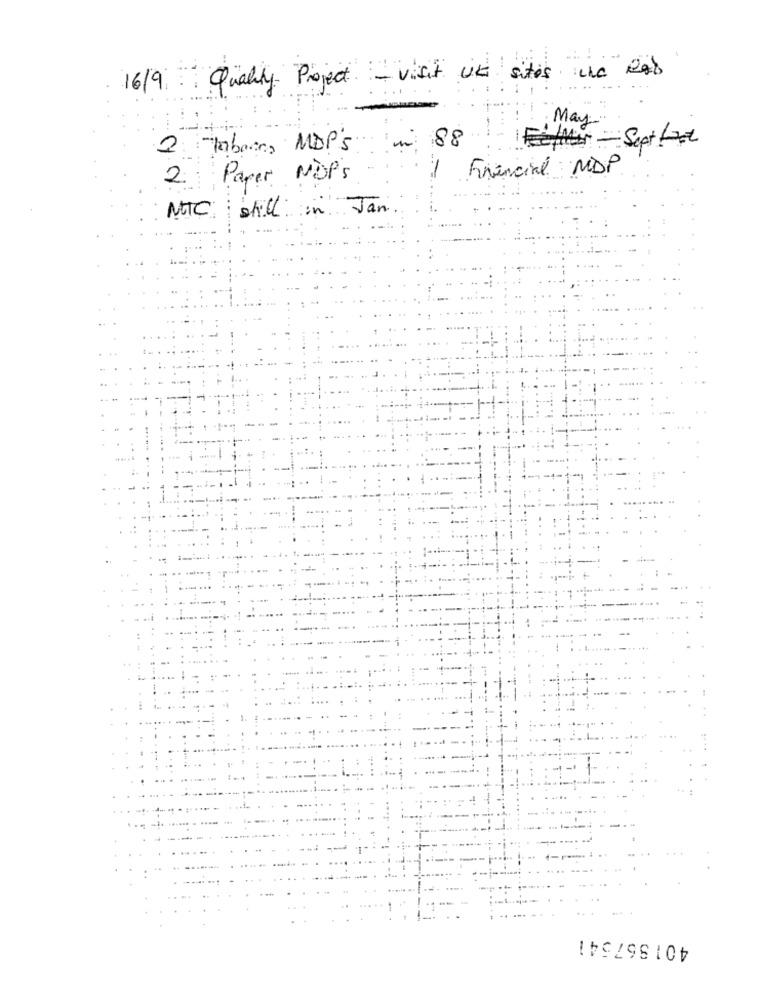
16/9 Qualy Project - visit it sites in Rab
May".
88
FeelMir - Sept fast
2. Tabom MDP'S
Financial MDP
Paper NOPs
2
NTC still in Jan.
401867541